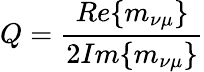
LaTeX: Q=\frac{Re\{ m_{\nu\mu}\} }{2Im\{ m_{\nu\mu}\} }